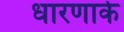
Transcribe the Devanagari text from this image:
धारणाके